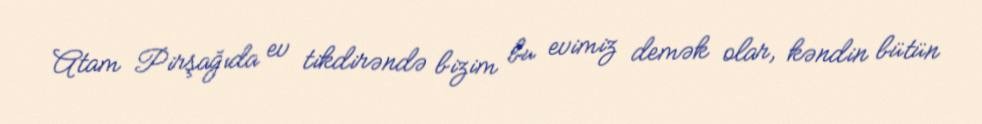
Atam Pirşağıda ev tikdirəndə bizim bu evimiz demək olar, kəndin bütün